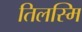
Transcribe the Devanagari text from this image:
तिलस्मि